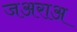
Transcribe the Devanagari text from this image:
जअराअ